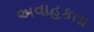
અવાહકતા